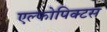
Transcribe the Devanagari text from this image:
एल्फोपिक्टस